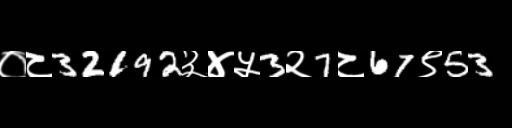
Text: ०८32192३४५3२7८67९53